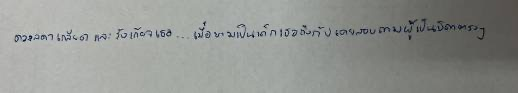
ดวงลดาเกลียดและรังเกียจเธอ...เมื่อยามเป็นเด็กเธอถึงกับเคยสอบถามผู้เป็นบิดาตรงๆ